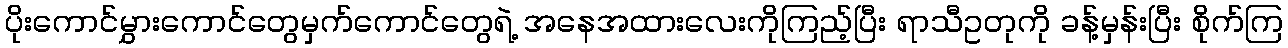
ပိုးကောင်မွှားကောင်တွေမှက်ကောင်တွေရဲ့ အနေအထားလေးကိုကြည့်ပြီး ရာသီဥတုကို ခန့်မှန်းပြီး စိုက်ကြ